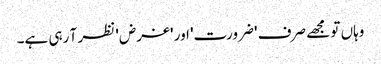
وہاں تو مجھے صرف 'ضرورت' اور 'غرض' نظر آ رہی ہے۔